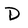
Character: D